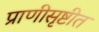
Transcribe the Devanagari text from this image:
प्राणीसृष्टीत